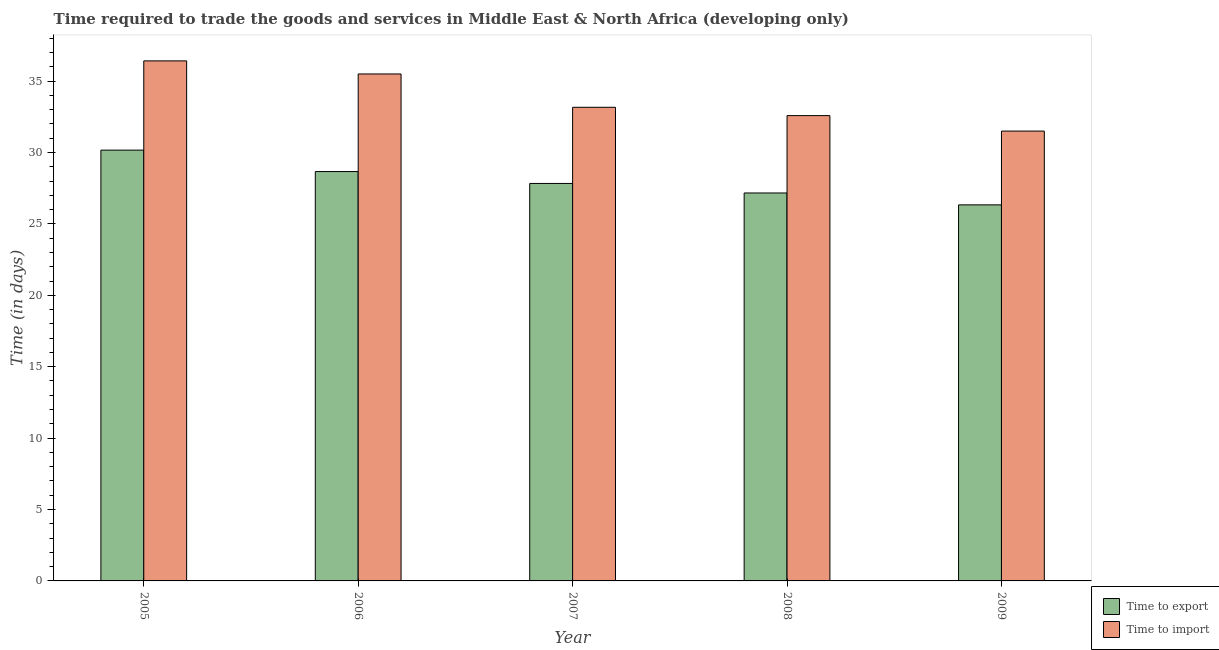
| Year | Time to export | Time to import |
 | --- | --- | --- |
 | 2005 | 30.2 | 36.4 |
 | 2006 | 28.7 | 35.5 |
 | 2007 | 27.8 | 33.2 |
 | 2008 | 27.2 | 32.6 |
 | 2009 | 26.3 | 31.5 |